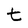
Character: t